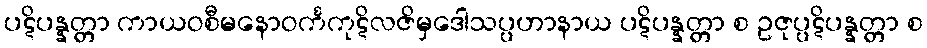
ပဋိပန္နတ္တာ ကာယဝစီမနောဝင်္ကကုဋိလဇိမှဒေါသပ္ပဟာနာယ ပဋိပန္နတ္တာ စ ဥဇုပ္ပဋိပန္နတ္တာ စ